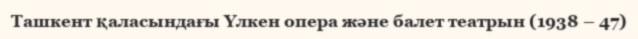
Ташкент қаласындағы Үлкен опера және балет театрын (1938 – 47)